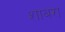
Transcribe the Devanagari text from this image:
शाबरा